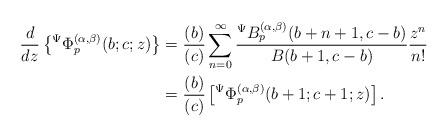
LaTeX: \begin{align*}\frac{d}{dz}\left\lbrace {}^{\Psi}\Phi_{p}^{(\alpha,\beta)}(b;c;z)\right\rbrace &=\frac{(b)}{(c)}\sum_{n=0}^{\infty}\frac{{}^{\Psi}B_{p}^{(\alpha,\beta)}(b+n+1,c-b)}{B(b+1,c-b)}\frac{z^{n}}{n!}\\&=\frac{(b)}{(c)}\left[ {}^{\Psi}\Phi_{p}^{(\alpha,\beta)}(b+1;c+1;z)\right].\end{align*}